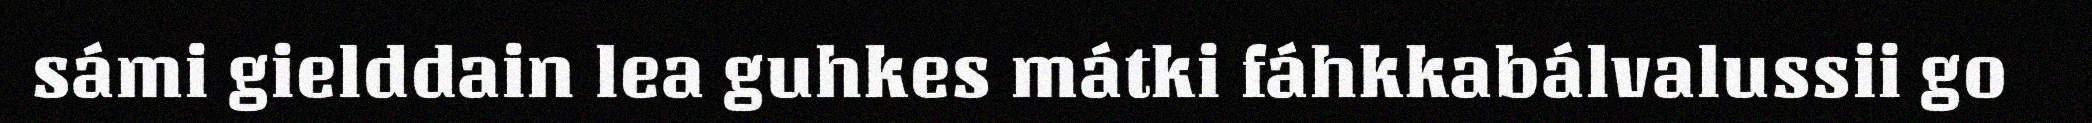
sámi gielddain lea guhkes mátki fáhkkabálvalussii go